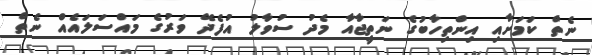
ނެތް ކަމަށާއި އިންތިހާބުގެ ނަތީޖާއާ މެދު ސުވާލު އުފެދޭ ވަރުގެ މައްސަލައެއް ނެތް